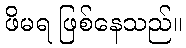
ဖိမရ ဖြစ်နေသည်။